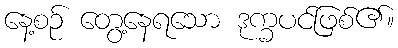
နေ့စဉ် တွေ့နေရသော ဒုက္ခပင်ဖြစ်၏။